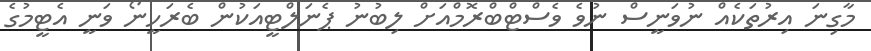
މާގިނަ އިރުތަކެއް ނުވަނީސް ނުވެ ވެސްޓްބްރޮމްއަށް ލިބުނު ޕެނަލްޓީއަކުން ބެރަހީނޯ ވަނީ އެޓީމުގެ